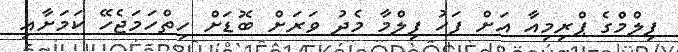
ފިލްމްގެ ޕްރިމިއާ އަށް ފަހު ފިލްމާ މެދު ވަރަށް ބޮޑަށް ހިތްހަމަޖެހޭ ކަމަށާއި